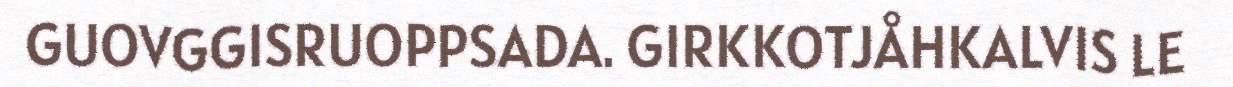
GUOVGGISRUOPPSADA. GIRKKOTJÅHKALVIS LE